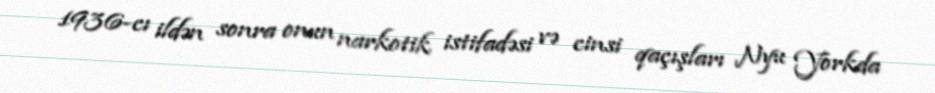
1936-cı ildən sonra onun narkotik istifadəsi və cinsi qaçışları Nyu Yorkda